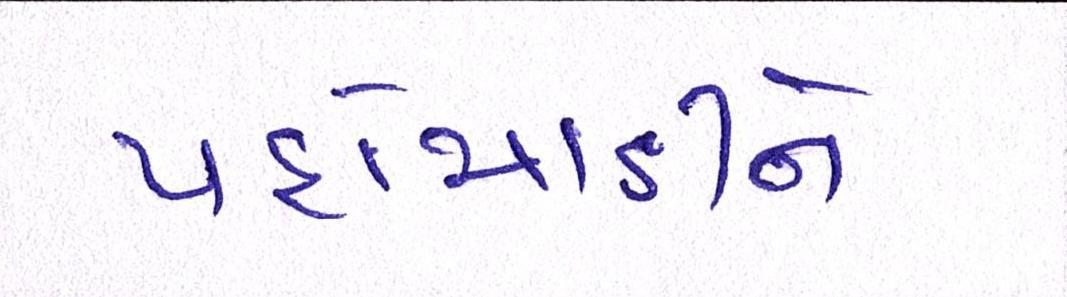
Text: પહોંચાડીને